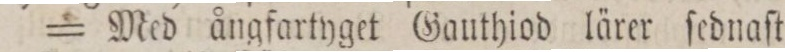
= Med ångfartyget Gauthiod lärer ſednaſt